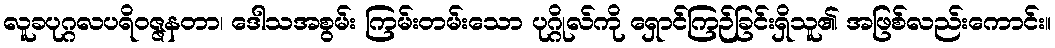
လူခပုဂ္ဂလပရိဝဇ္ဇနတာ၊ ဒေါသအစွမ်း ကြမ်းတမ်းသော ပုဂ္ဂိုလ်ကို ရှောင်ကြဉ်ခြင်းရှိသူ၏ အဖြစ်လည်းကောင်း။